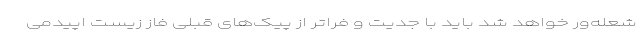
شعله‌ور خواهد شد باید با جدیت و فراتر از پیک‌های قبلی فاز زیست اپیدمی